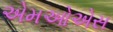
એમઓએસ